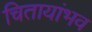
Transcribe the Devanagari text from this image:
चितायांभव